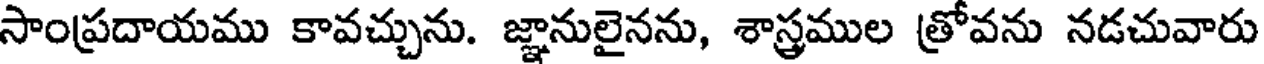
సాంప్రదాయము కావచ్చును. జ్ఞానులైనను, శాస్త్రముల త్రోవను నడచువారు